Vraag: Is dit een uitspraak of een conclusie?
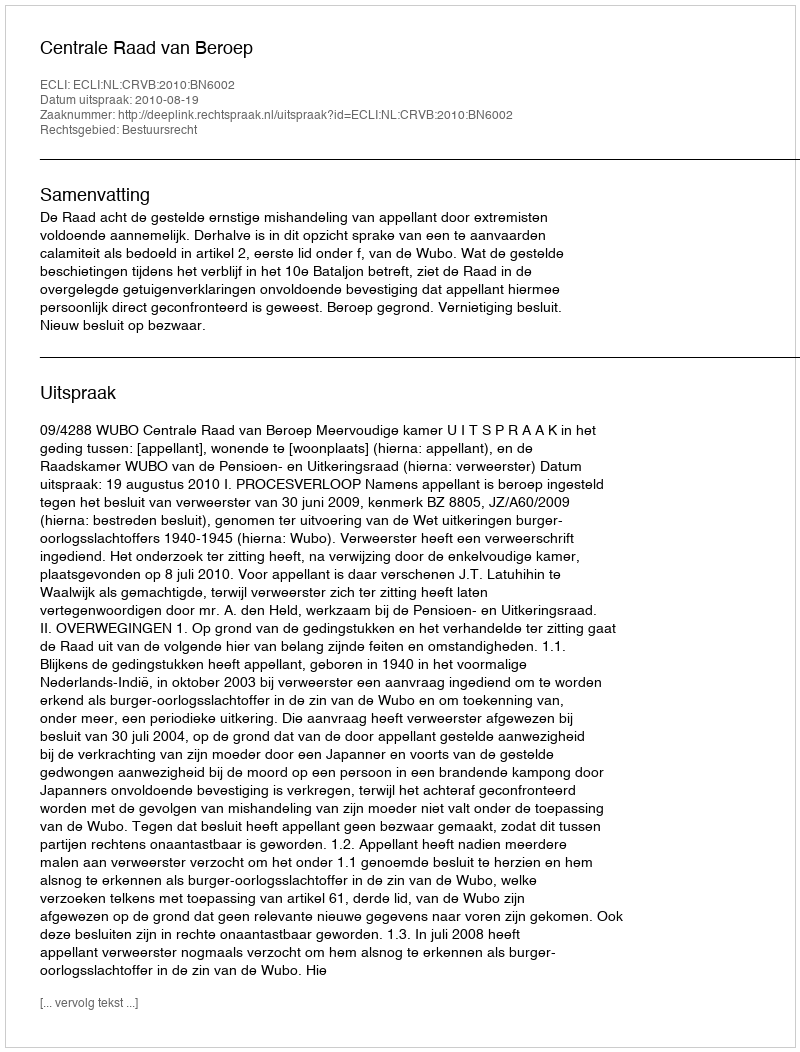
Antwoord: Uitspraak